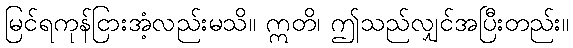
မြင်ရကုန်ငြားအံ့လည်းမသိ။ ဣတိ၊ ဤသည်လျှင်အပြီးတည်း။